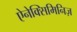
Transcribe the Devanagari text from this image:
ऐनेक्सिमिनिज़